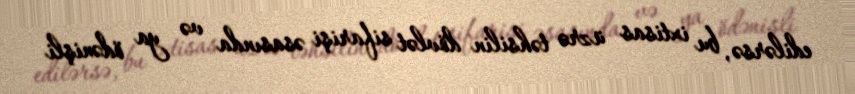
edilərsə, bu ixtisas üzrə təhsilin dövlət sifarişi əsasında və ya ödənişli